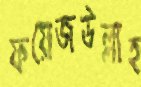
ফয়েজউল্লাহ